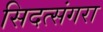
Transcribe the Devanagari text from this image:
सिदत्संगरा